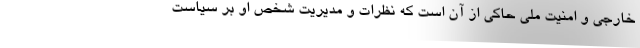
خارجی و امنیت ملی حاکی از آن است که نظرات و مدیریتِ شخص او بر سیاست